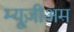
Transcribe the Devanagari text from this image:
म्यूज़ीअम